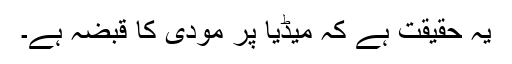
یہ حقیقت ہے کہ میڈیا پر مودی کا قبضہ ہے۔